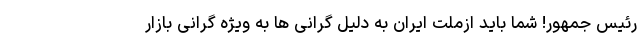
رئیس جمهور! شما باید ازملت ایران به دلیل گرانی ها به ویژه گرانی بازار